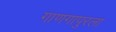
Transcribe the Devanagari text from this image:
गाणगापुरला